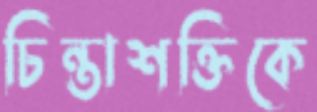
চিন্তাশক্তিকে